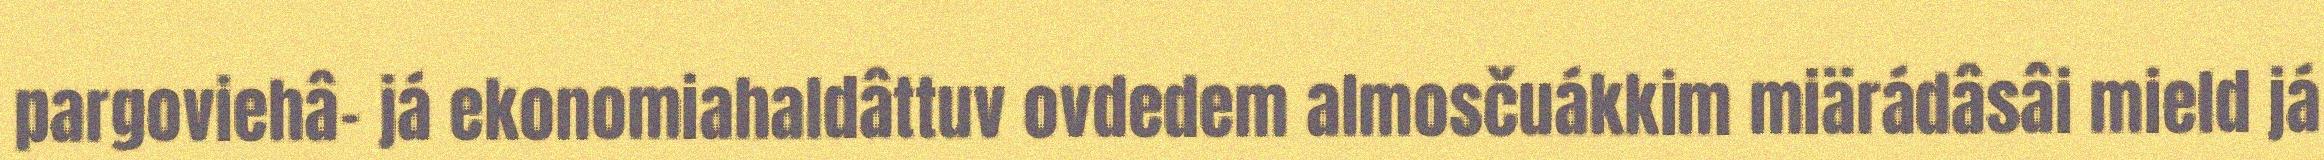
pargoviehâ- já ekonomiahaldâttuv ovdedem almosčuákkim miärádâsâi mield já